Annual statistical returns and brief notes on vaccination in Bengal - 1896-1909
Year: 1896
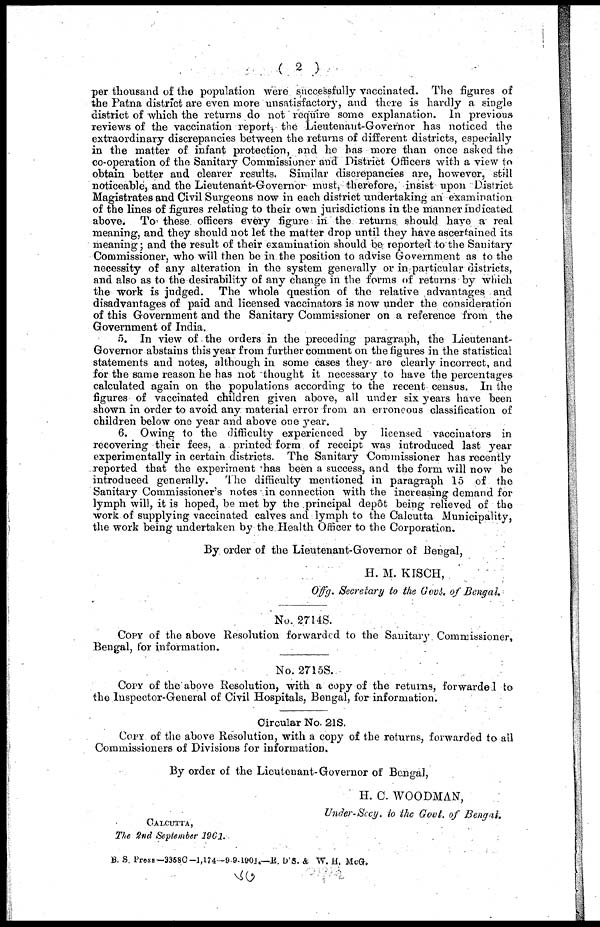
( 2 )
per thousand of the population were successfully vaccinated. The figures of
the Patna district are even more unsatisfactory, and there is hardly a single
district of which the returns do not require some explanation. In previous
reviews of the vaccination report, the Lieutenant-Governor has noticed the
extraordinary discrepancies between the returns of different districts, especially
in the matter of infant protection, and he has more than once asked the
co-operation of the Sanitary Commissioner and District Officers with a view to
obtain better and clearer results. Similar discrepancies are, however, still
noticeable, and the Lieutenant-Governor must, therefore, insist upon District
Magistrates and Civil Surgeons now in each district undertaking an examination
of the lines of figures relating to their own jurisdictions in the manner indicated
above. To these officers every figure in the returns should have a real
meaning, and they should not let the matter drop until they have ascertained its
meaning; and the result of their examination should be reported to the Sanitary
Commissioner, who will then be in the position to advise Government as to the
necessity of any alteration in the system generally or in particular districts,
and also as to the desirability of any change in the forms of returns by which
the work is judged. The whole question of the relative advantages and
disadvantages of paid and licensed vaccinators is now under the consideration
of this Government and the Sanitary Commissioner on a reference from the
Government of India.
5. In view of the orders in the preceding paragraph, the Lieutenant-
Governor abstains this year from further comment on the figures in the statistical
statements and notes, although in some cases they are clearly incorrect, and
for the same reason he has not thought it necessary to have the percentages
calculated again on the populations according to the recent census. In the
figures of vaccinated children given above, all under six years have been
shown in order to avoid any material error from an erroneous classification of
children below one year and above one year.
6. Owing to the difficulty experienced by licensed vaccinators in
recovering their fees, a printed form of receipt was introduced last year
experimentally in certain districts. The Sanitary Commissioner has recently
reported that the experiment has been a success, and the form will now be
introduced generally. The difficulty mentioned in paragraph 15 of the
Sanitary Commissioner's notes in connection with the increasing demand for
lymph will, it is hoped, be met by the principal dep6t being relieved of the
work of supplying vaccinated calves and lymph to the Calcutta Municipality,
the work being undertaken by the Health Officer to the Corporation.
By order of the Lieutenant-Governor of Bengal,
H. M. KISCH,
Offg, Secretary to the Govt, of Bengal.
No. 2714S.
COPY of the above Resolution forwarded to the Sanitary Commissioner,
Bengal, for information.
No. 2715S.
COPY of the above Resolution, with a copy of the returns, forwarded to
the Inspector-General of Civil Hospitals, Bengal, for information.
Circular No. 21S.
COPY of the above Resolution, with a copy of the returns, forwarded to all
Commissioners of Divisions for information.
By order of the Licutenant-Governor of Bengal,
H. C. WOODMAN,
Under-Secy. to the Govt. of Bengal.
CALCUTTA,
The 2nd September 1901.
B. S. Press—3358C—1,174—9-9-1901.—E. D.S. & W. H. McG.